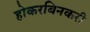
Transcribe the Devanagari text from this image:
होकरबिनकरी